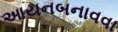
આયનબનાવવા